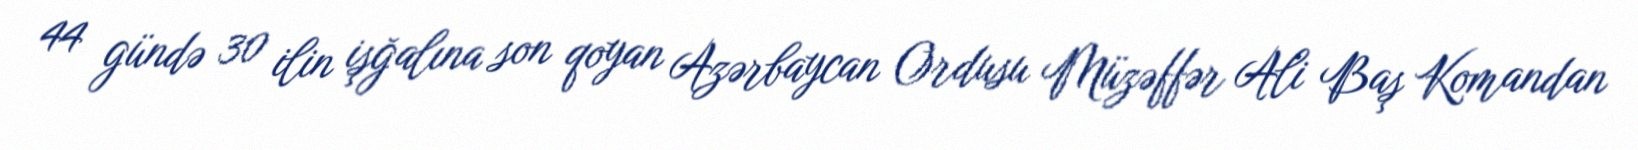
44 gündə 30 ilin işğalına son qoyan Azərbaycan Ordusu Müzəffər Ali Baş Komandan